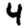
Digit: 4